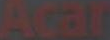
Acar